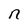
Character: n